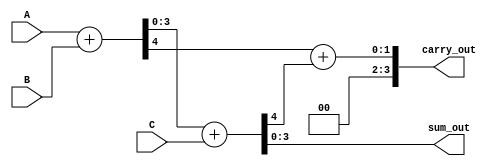
module carry_save_adder (
    input [3:0] A,
    input [3:0] B,
    input [3:0] C,
    output [3:0] sum_out,
    output [3:0] carry_out
);
    wire [3:0] sum1, carry1;
    wire [3:0] sum2, carry2;

    // First stage of CSA: Adding A and B
    assign {carry1, sum1} = A + B;

    // Second stage of CSA: Adding sum1 and C
    assign {carry2, sum2} = sum1 + C;

    // Final CSA outputs
    assign sum_out = sum2; // Final sum output
    assign carry_out = carry1 + carry2; // Final carry output

endmodule